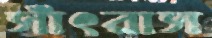
সাঁৎরাস